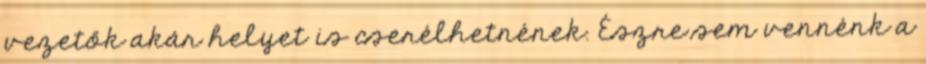
vezetők akár helyet is cserélhetnének. Észre sem vennénk a